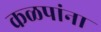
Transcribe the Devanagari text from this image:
कळपांना